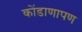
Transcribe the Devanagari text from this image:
कोंडाणापण